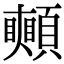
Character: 𩕦